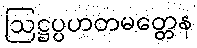
ဩဋ္ဌပ္ပဟတမတ္တေန